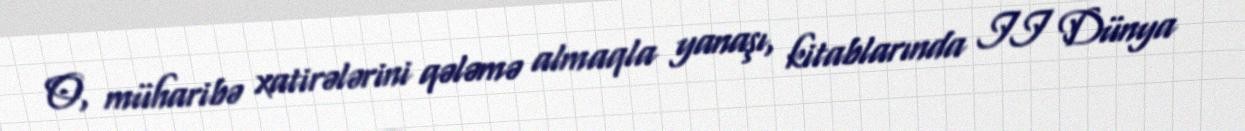
O, müharibə xatirələrini qələmə almaqla yanaşı, kitablarında II Dünya